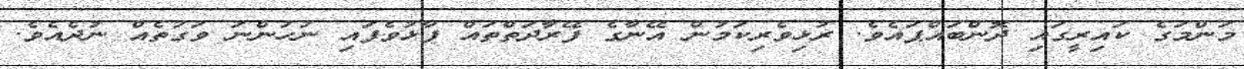
މަންމަގެ ކައިރީގައި ދޮންބައްޕައެވެ. ރުޅިވެރިކަމުން އޭނާގެ ފޭރާދަތްތައް ފާޅުވެފައި ނުހުންނަ ވަގުތެއް ނުދެއެވެ.